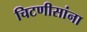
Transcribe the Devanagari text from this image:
चिटणीसांना